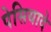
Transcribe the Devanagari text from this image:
पेसियादे